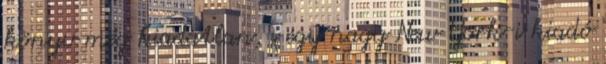
könyv még kiadatlan, s egy nagy New York-i kiadó